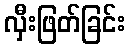
လှီးဖြတ်ခြင်း